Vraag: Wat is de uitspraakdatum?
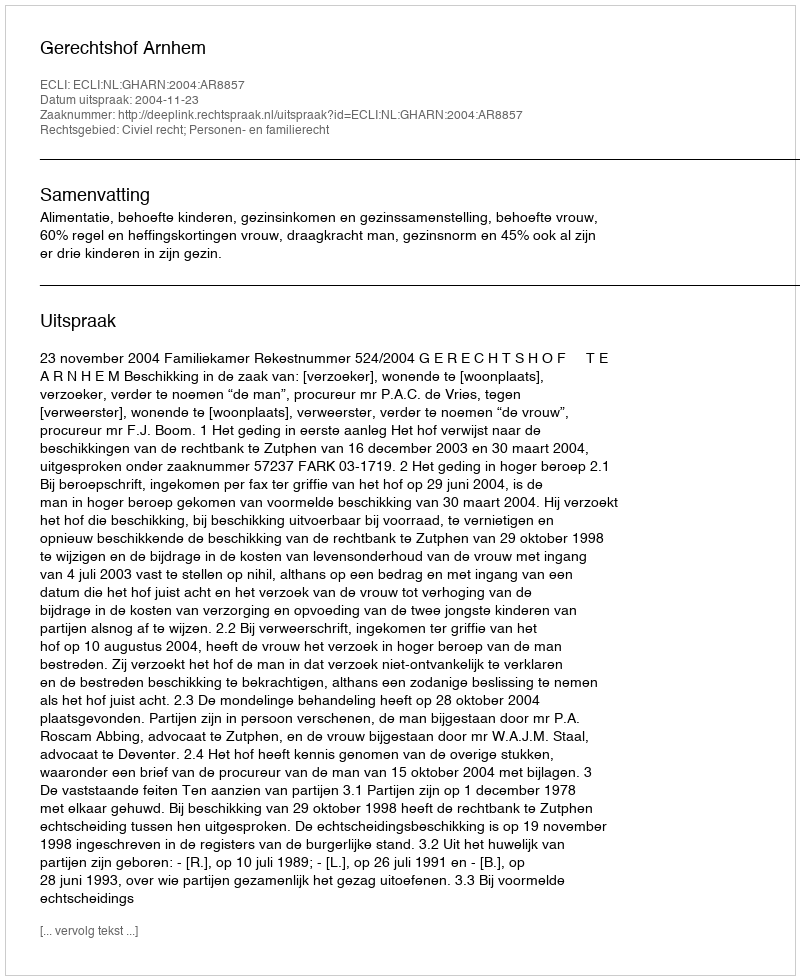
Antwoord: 2004-11-23